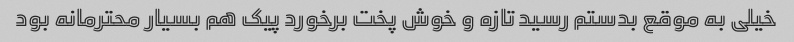
خیلی به موقع بدستم رسید تازه و خوش پخت برخورد پیک هم بسیار محترمانه بود